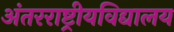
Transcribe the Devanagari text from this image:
अंतरराष्ट्रीयविद्यालय